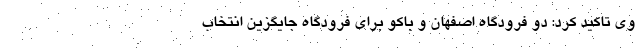
وی تاکید کرد: دو فرودگاه اصفهان و باکو برای فرودگاه جایگزین انتخاب